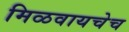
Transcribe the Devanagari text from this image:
मिळवायचेच